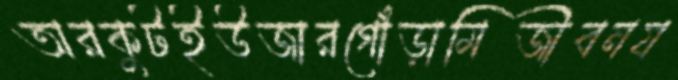
অরকুটইউজারগোঁড়ামিজীবনয